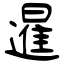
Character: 暹